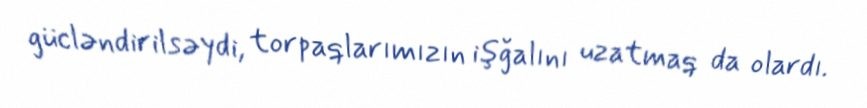
gücləndirilsəydi, torpaqlarımızın işğalını uzatmaq da olardı.